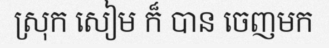
ស្រុក សៀម ក៏ បាន ចេញមក